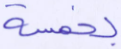
بخمسة